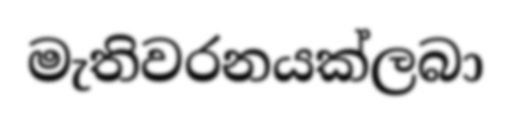
මැතිවරනයක්ලබා